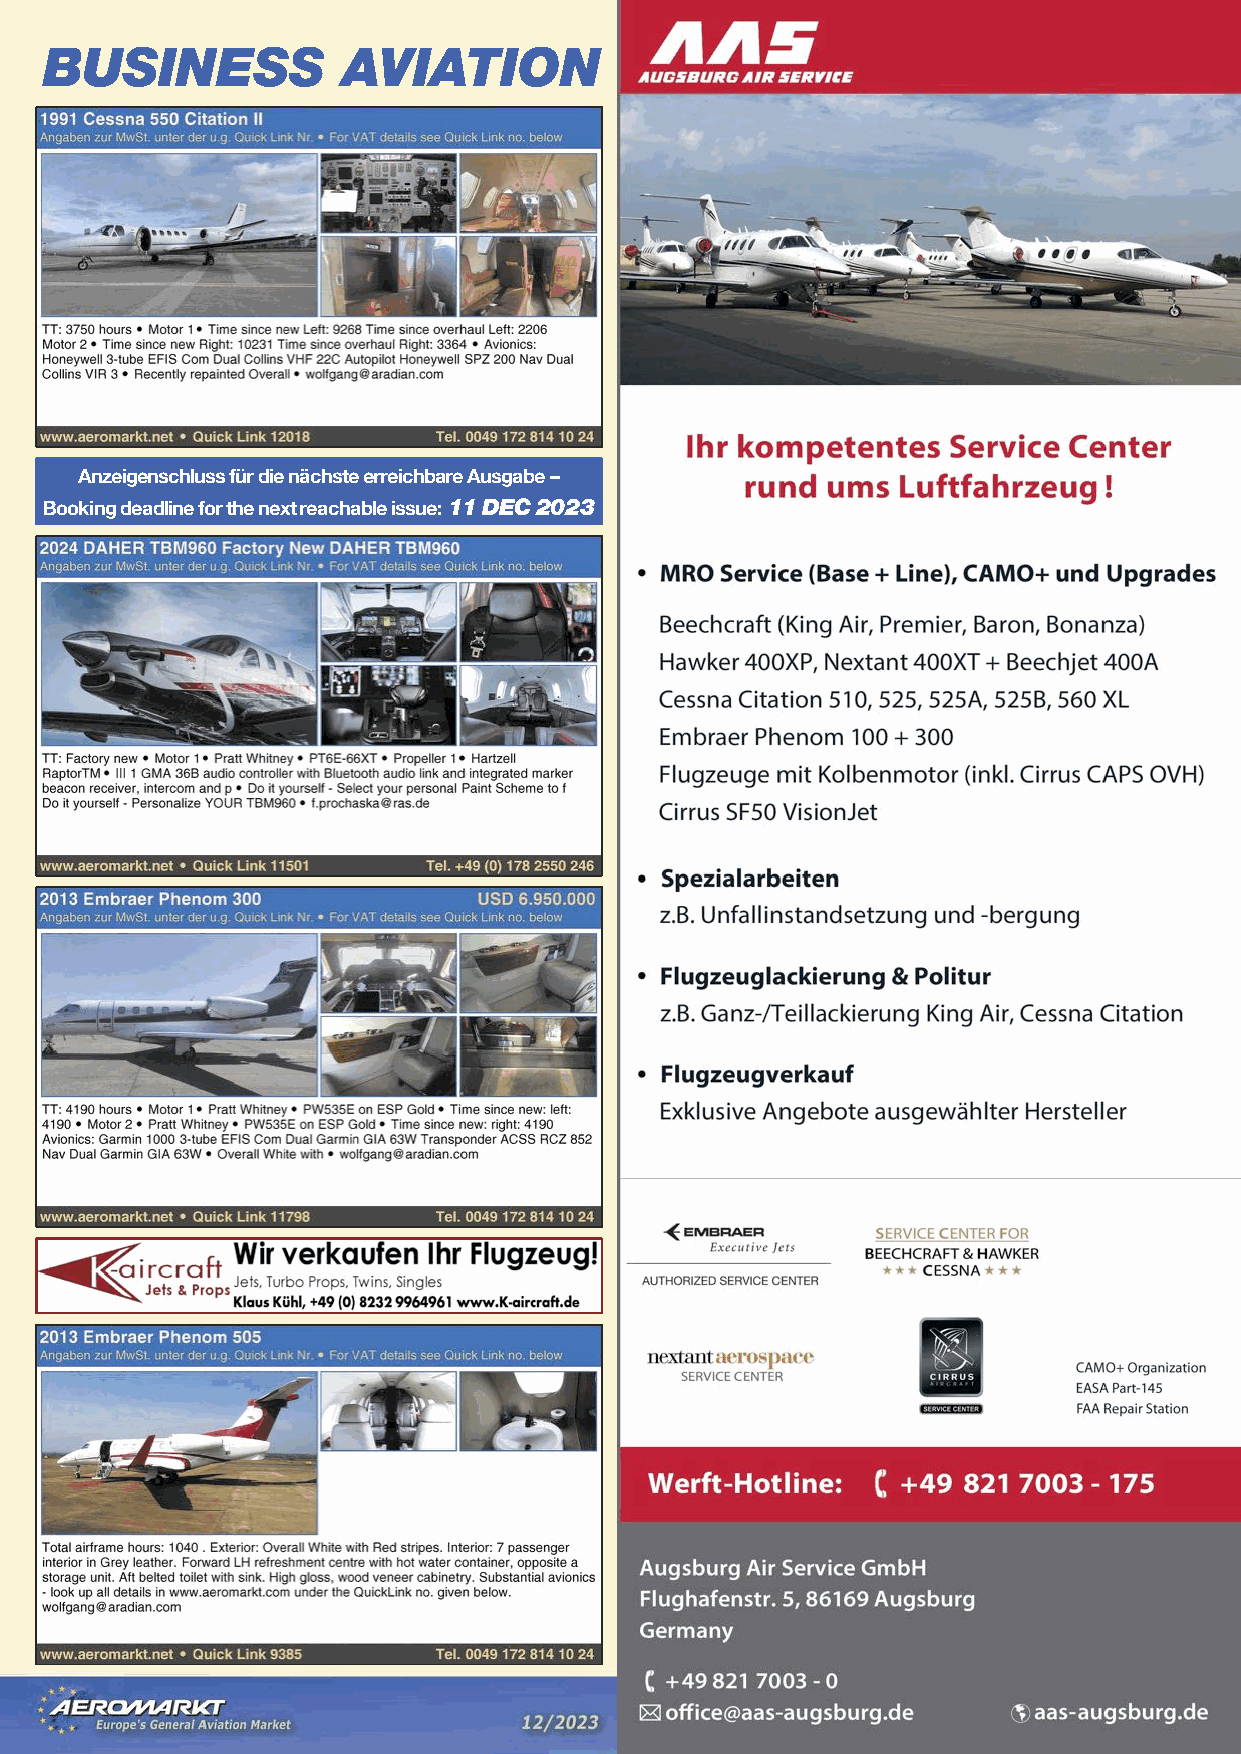
BUSINESS            AVIATION
 Anzeigenschluss für die nächste erreichbare Ausgabe –
 Booking deadline for the next reachable issue: 11 DEC 2023